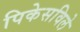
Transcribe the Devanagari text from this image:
पिकेसविले